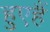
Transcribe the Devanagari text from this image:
हुएहैं